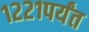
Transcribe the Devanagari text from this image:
१२२१पर्यंत